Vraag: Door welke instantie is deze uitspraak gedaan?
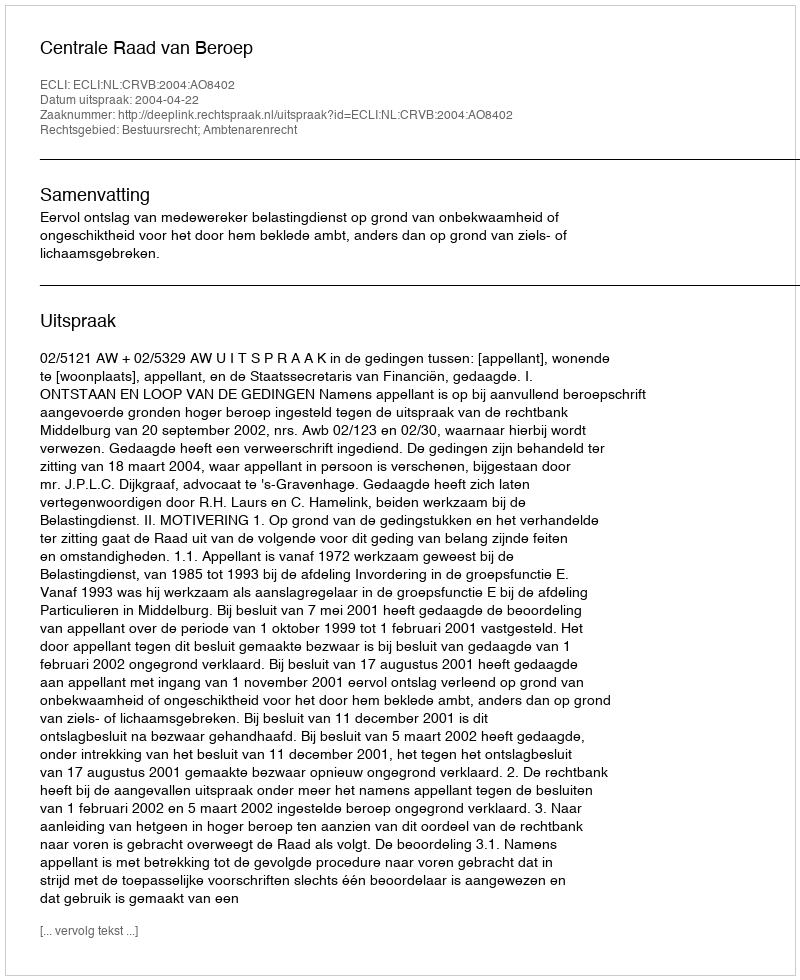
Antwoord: Centrale Raad van Beroep